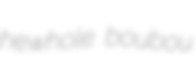
hewhole boubou